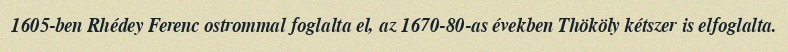
1605-ben Rhédey Ferenc ostrommal foglalta el, az 1670-80-as években Thököly kétszer is elfoglalta.